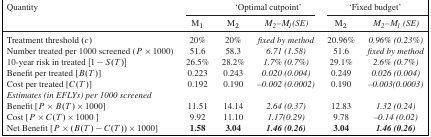
| Quantity | <COLSPAN=3> ‘Optimal cutpoint’ | <COLSPAN=2> ‘Fixed budget’ |
 |  | M1 | M2 | M2– M1(SE) | M2 | M2– M1(SE) |
 | --- | --- | --- | --- | --- | --- |
 | Treatment threshold (c) | 20% | 20% | fixed by method | 20.96% | 0.96% (0.23%) |
 | Number treated per 1000 screened (P ×1000) | 51.6 | 58.3 | 6.71 (1.58) | 51.6 | fixed by method |
 | 10-year risk in treated [1 − S(T)] | 26.5% | 28.2% | 1.7% (0.7%) | 29.1% | 2.6% (0.7%) |
 | Benefit per treated [ B(T)] | 0.223 | 0.243 | 0.020 (0.004) | 0.249 | 0.026 (0.004) |
 | Cost per treated [ C(T)] | 0.192 | 0.190 | –0.002 (0.0002) | 0.190 | –0.003(0.0003) |
 | Estimates (in EFLYs) per 1000 screened |  |  |  |  |  |
 | Benefit [ P × B(T) ×1000] | 11.51 | 14.14 | 2.64 (0.37) | 12.83 | 1.32 (0.24) |
 | Cost [ P × C(T) ×1000 ] | 9.92 | 11.10 | 1.17(0.29) | 9.78 | –0.14 (0.02) |
 | Net Benefit [ P × (B(T) − C(T)) × 1000] | 1.58 | 3.04 | 1.46 (0.26) | 3.04 | 1.46 (0.26) |